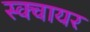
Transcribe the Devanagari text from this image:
स्‍क्‍वायर